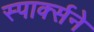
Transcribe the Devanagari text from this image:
स्पार्क्‍सने